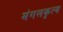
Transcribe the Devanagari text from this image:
मंगलकृत्य